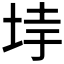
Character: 𡋌